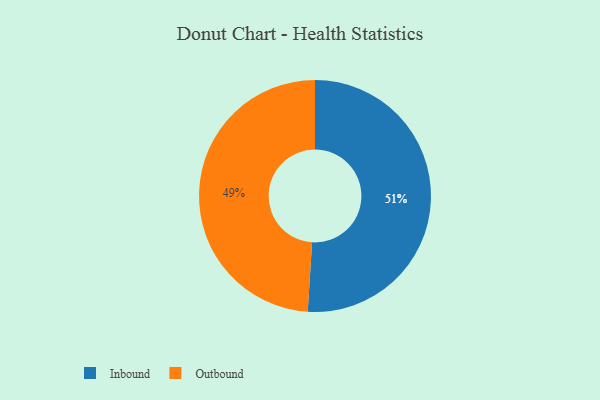
{"axis": {"x": "Category", "y": "Percentage"}, "legend": ["Inbound", "Outbound"], "data": [{"x": "Inbound", "y": 51, "type": "Inbound"}, {"x": "Outbound", "y": 49, "type": "Outbound"}]}